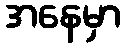
အနေမှာ